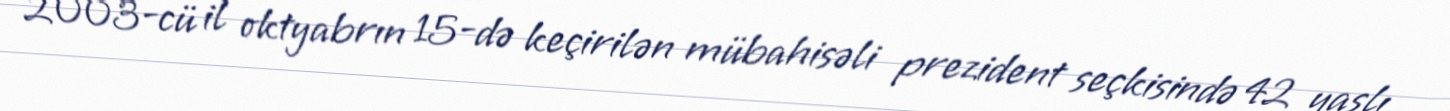
2003-cü il oktyabrın 15-də keçirilən mübahisəli prezident seçkisində 42 yaşlı